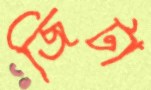
জিটা